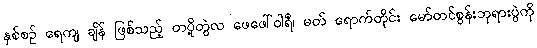
နှစ်စဉ် ရေကျ ချိန် ဖြစ်သည့် တပို့တွဲလ ဖေဖေါ်ဝါရီ၊ မတ် ရောက်တိုင်း မော်တင်စွန်းဘုရားပွဲကို